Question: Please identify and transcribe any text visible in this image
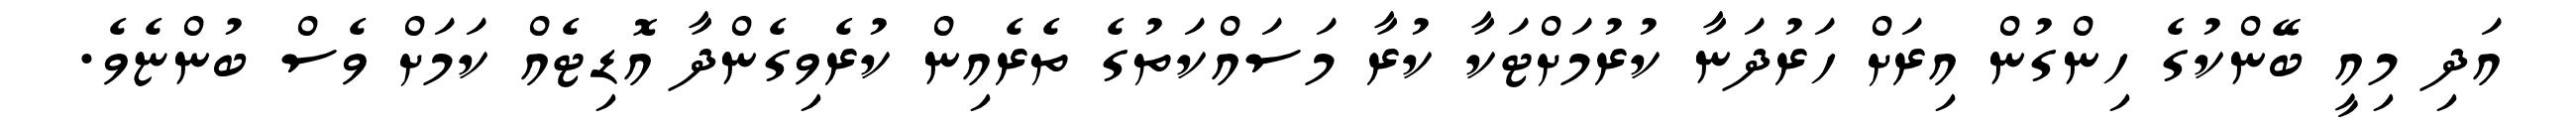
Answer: އަދި މިއީ ބޭންކުގެ ހިންގުން އިރަށް ހަރުދަނާ ކުރުމަށްޓަކާ ކުރާ މަސައްކަތުގެ ތެރެއިން ކުރެވިގެންދާ އޮޑިޓެއް ކަމަށް ވެސް ބުންޏެވެ.